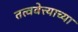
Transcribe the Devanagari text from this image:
तत्ववेत्त्याच्या